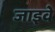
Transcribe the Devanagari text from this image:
जाइवे